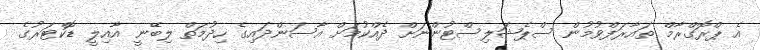
އެ ޕްރޮގްރާމް ތައާރަފްވުމުން ސްޕެޝަލިސްޓުންނަށް ދެއްކުމަށް އާސަންދައިގެ ހިދުމަތް ލިބޭނީ އާއިލީ ޑޮކްޓަރުގެ